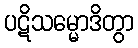
ပဋိသမ္မောဒိတွာ